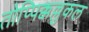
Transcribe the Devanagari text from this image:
तोप्पिक्कल्लुकल